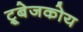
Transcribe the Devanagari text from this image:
ट्रूबेजकोय